Vabadussoja_Ajaloo_Komitee, lk 57
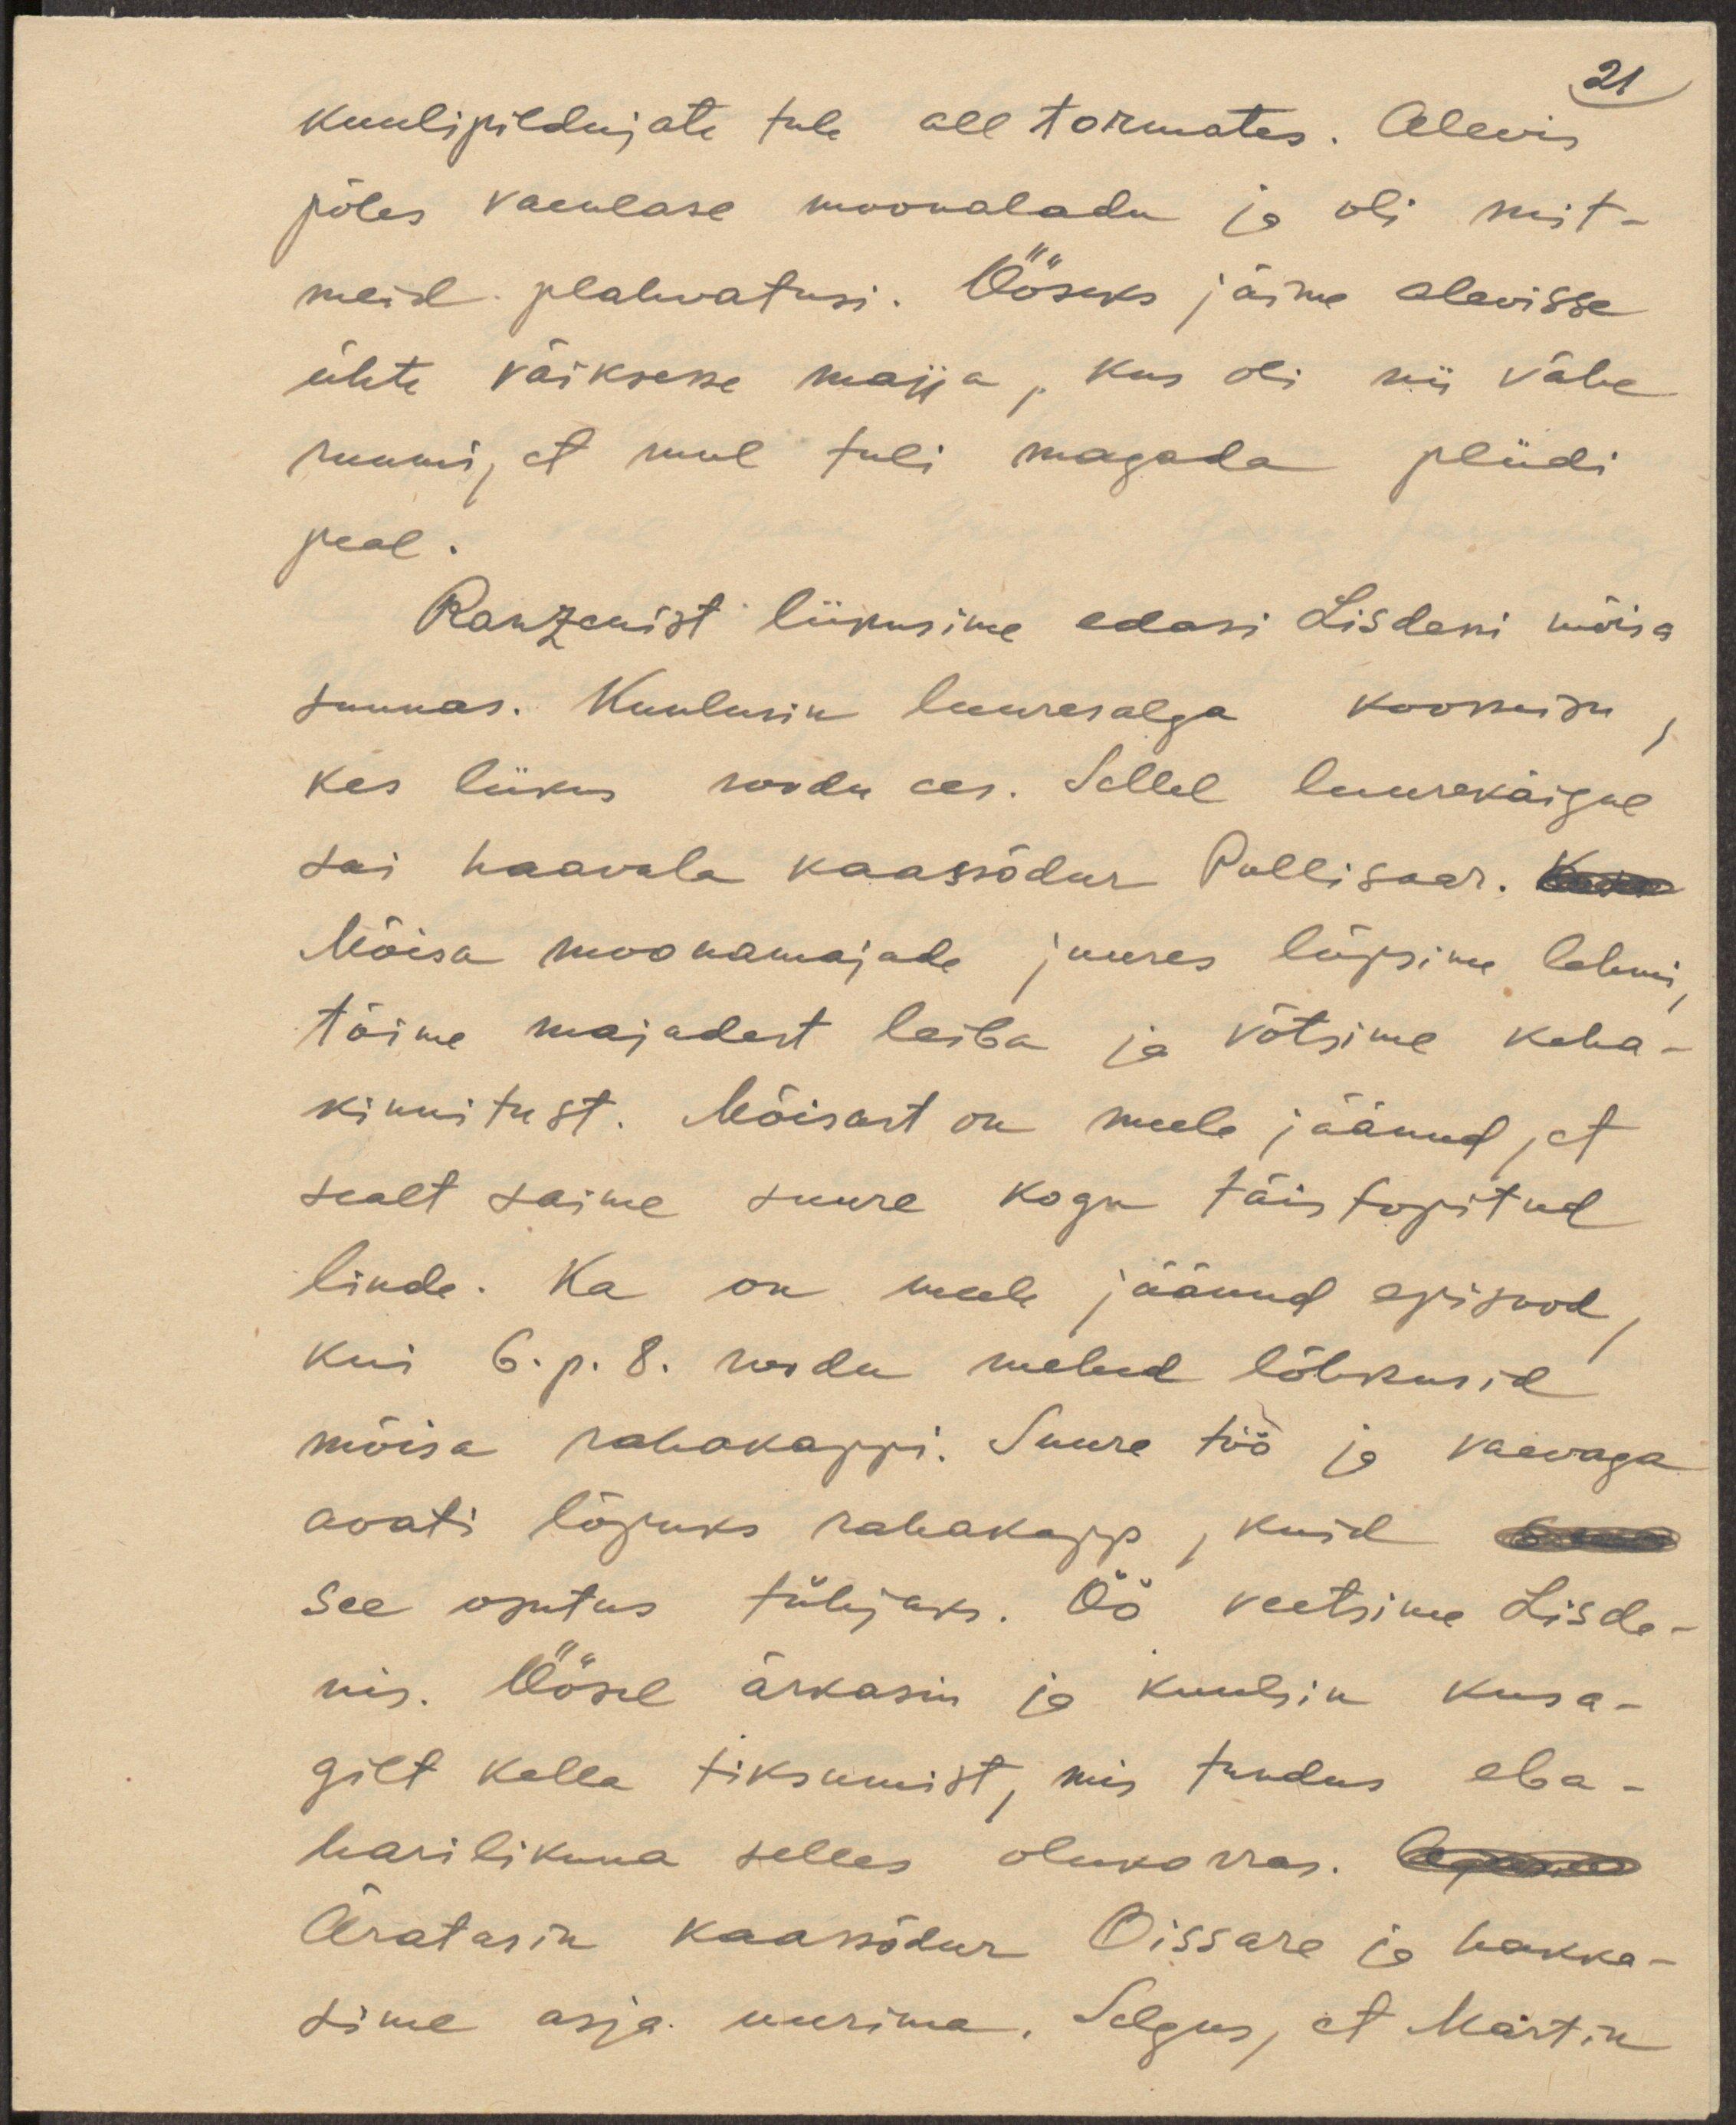
21
kuulipildujate tule all tormates. Alevis
põles vaenlase moonaladu ja oli mit-
meid plahvatusi. Ööseks jäime alevisse
ühte väiksesse majja, kus oli nii vähe
ruumi, et mul tuli magada pliidi
peal.
Ranzenist liikusime edasi Lisdeni mõisa
suunas. Kuulusin luuresalga koosseisu,
kes liikus roodu ees. Sellel luurekäigul
sai haavata kaassõdur Pallisaar. Kuna
Mõisa moonamajade juures lüpsime lehmi,
tõime majadest leiba ja võtsime keha-
kinnitust. Mõisast on meele jäänud, et
sealt saime suure kogu täis topitud
linde. Ka on meele jäänud episood,
kui 6. ja 8. roodu mehed lõhkusid
mõisa rahakappi. Suure töö ja vaevaga
avati lõpuks rahakapp, kuid
see osutus tühjaks. Öö veetsime Lisde-
nis. Öösel ärkasin ja kuulsin kusa-
gilt kella tiksumist, mis tundus eba-
harilikuna selles olukorras. 
Äratasin kaassõdur Oissare ja hakka-
sime asja uurima. Selgus, et Martin